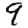
Digit: 9